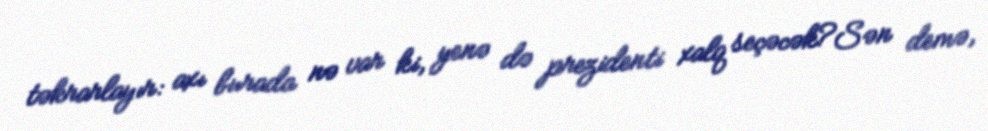
təkrarlayır: axı burada nə var ki, yenə də prezidenti xalq seçəcək?Sən demə,